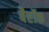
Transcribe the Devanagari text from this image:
बैरॉक